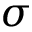
\sigma